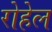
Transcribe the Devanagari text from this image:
रोहेल